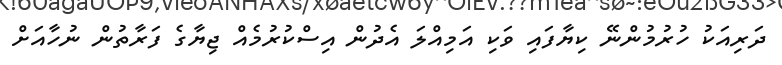
ދަރިއަކު ހުރުމުންނޭ ކިޔާފައި ވަކި އަމިއްލަ އެދުން އިސްކުރުމެއް ޖިޔާގެ ފަރާތުން ނުހާއަށް